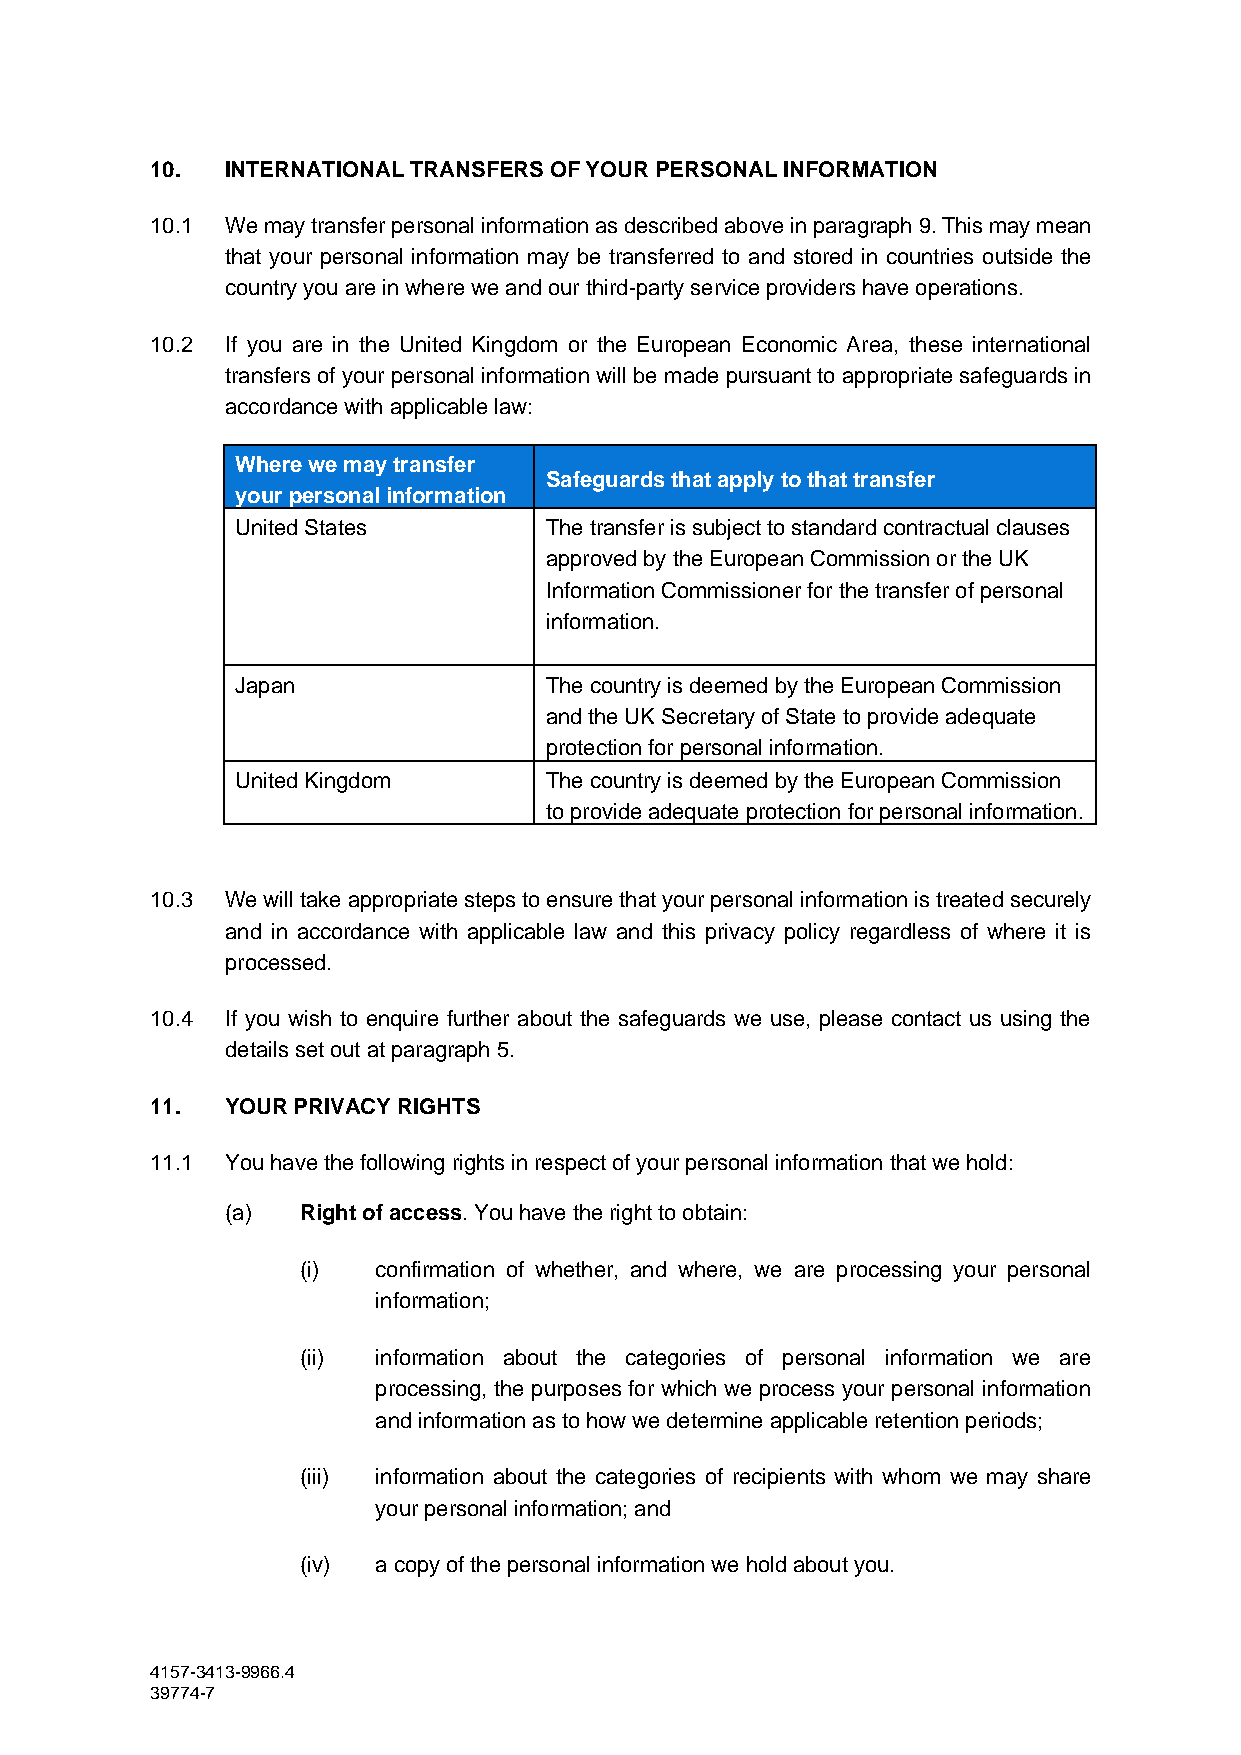
10.  INTERNATIONAL TRANSFERS OF YOUR PERSONAL INFORMATION
 10.1 We may transfer personal information as described above in paragraph 9. This may mean
 that your personal information may be transferred to and stored in countries outside the
 country you are in where we and our third-party service providers have operations.
 10.2 If you are in the United Kingdom or the European Economic Area, these international
 transfers of your personal information will be made pursuant to appropriate safeguards in
 accordance with applicable law:
 Where we may transfer
 Safeguards that apply to that transfer
 your personal information
 United States       The transfer is subject to standard contractual clauses
 approved by the European Commission or the UK
 Information Commissioner for the transfer of personal
 information.
 Japan               The country is deemed by the European Commission
 and the UK Secretary of State to provide adequate
 protection for personal information.
 United Kingdom      The country is deemed by the European Commission
 to provide adequate protection for personal information.
 10.3 We will take appropriate steps to ensure that your personal information is treated securely
 and in accordance with applicable law and this privacy policy regardless of where it is
 processed.
 10.4 If you wish to enquire further about the safeguards we use, please contact us using the
 details set out at paragraph 5.
 11.  YOUR PRIVACY RIGHTS
 11.1 You have the following rights in respect of your personal information that we hold:
 (a)  Right of access. You have the right to obtain:
 (i)  confirmation of whether, and where, we are processing your personal
 information;
 (ii) information about the categories of personal information we are
 processing, the purposes for which we process your personal information
 and information as to how we determine applicable retention periods;
 (iii) information about the categories of recipients with whom we may share
 your personal information; and
 (iv) a copy of the personal information we hold about you.
 4157-3413-9966.4
 39774-7